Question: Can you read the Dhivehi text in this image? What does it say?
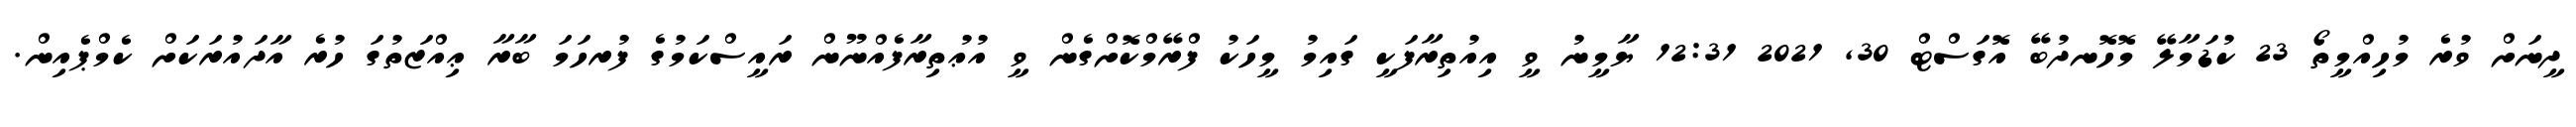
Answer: ދީނަށް ވުރެ މުހިއްމީތޯ 23 ކުޑަމާލޭ މޮހޮނދުބޭ އޮގަސްޓް 30, 2021 12:31 ޔާމީނު ވީ އިއުތިރާފަކީ ގައިމު މީހަކު ފްރޭމްކޮށްގެން ވީ އުޢުތިރާފެއްނޫން ރައީސްކަމުގެ ފުރހަމަ ބާރާ ޢިއްޒަތުގަ ހުރެ އާދައުރަކަށް ކެމްޕެއިން.